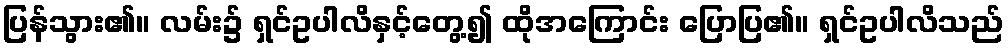
ပြန်သွား၏။ လမ်း၌ ရှင်ဥပါလိနှင့်တွေ့၍ ထိုအကြောင်း ပြောပြ၏။ ရှင်ဥပါလိသည်